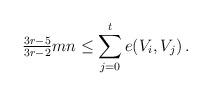
LaTeX: \begin{align*}\tfrac{3r-5}{3r-2}mn\le \sum_{j=0}^t e(V_i, V_j)\,.\end{align*}